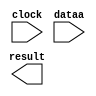
// megafunction wizard: %LPM_MULT%VBB%
// GENERATION: STANDARD
// VERSION: WM1.0
// MODULE: altsquare 

// ============================================================
// Megafunction Name(s):
// 			altsquare
//
// Simulation Library Files(s):
// 			altera_mf
// ============================================================
// ************************************************************
// THIS IS A WIZARD-GENERATED FILE. DO NOT EDIT THIS FILE!
//
// 18.1.1 Build 646 04/11/2019 SJ Lite Edition
// ************************************************************

//Copyright (C) 2019  Intel Corporation. All rights reserved.
//Your use of Intel Corporation's design tools, logic functions 
//and other software and tools, and any partner logic 
//functions, and any output files from any of the foregoing 
//(including device programming or simulation files), and any 
//associated documentation or information are expressly subject 
//to the terms and conditions of the Intel Program License 
//Subscription Agreement, the Intel Quartus Prime License Agreement,
//the Intel FPGA IP License Agreement, or other applicable license
//agreement, including, without limitation, that your use is for
//the sole purpose of programming logic devices manufactured by
//Intel and sold by Intel or its authorized distributors.  Please
//refer to the applicable agreement for further details, at
//https://fpgasoftware.intel.com/eula.

module Sqr (
	clock,
	dataa,
	result);

	input	  clock;
	input	[10:0]  dataa;
	output	[21:0]  result;

endmodule

// ============================================================
// CNX file retrieval info
// ============================================================
// Retrieval info: PRIVATE: AutoSizeResult NUMERIC "1"
// Retrieval info: PRIVATE: B_isConstant NUMERIC "0"
// Retrieval info: PRIVATE: ConstantB NUMERIC "0"
// Retrieval info: PRIVATE: INTENDED_DEVICE_FAMILY STRING "Cyclone 10 LP"
// Retrieval info: PRIVATE: LPM_PIPELINE NUMERIC "1"
// Retrieval info: PRIVATE: Latency NUMERIC "1"
// Retrieval info: PRIVATE: SYNTH_WRAPPER_GEN_POSTFIX STRING "0"
// Retrieval info: PRIVATE: SignedMult NUMERIC "1"
// Retrieval info: PRIVATE: USE_MULT NUMERIC "0"
// Retrieval info: PRIVATE: ValidConstant NUMERIC "0"
// Retrieval info: PRIVATE: WidthA NUMERIC "11"
// Retrieval info: PRIVATE: WidthB NUMERIC "8"
// Retrieval info: PRIVATE: WidthP NUMERIC "22"
// Retrieval info: PRIVATE: aclr NUMERIC "0"
// Retrieval info: PRIVATE: clken NUMERIC "0"
// Retrieval info: PRIVATE: new_diagram STRING "1"
// Retrieval info: PRIVATE: optimize NUMERIC "0"
// Retrieval info: LIBRARY: altera_mf altera_mf.altera_mf_components.all
// Retrieval info: CONSTANT: DATA_WIDTH NUMERIC "11"
// Retrieval info: CONSTANT: LPM_TYPE STRING "ALTSQUARE"
// Retrieval info: CONSTANT: PIPELINE NUMERIC "1"
// Retrieval info: CONSTANT: REPRESENTATION STRING "SIGNED"
// Retrieval info: CONSTANT: RESULT_WIDTH NUMERIC "22"
// Retrieval info: USED_PORT: clock 0 0 0 0 INPUT NODEFVAL "clock"
// Retrieval info: USED_PORT: dataa 0 0 11 0 INPUT NODEFVAL "dataa[10..0]"
// Retrieval info: USED_PORT: result 0 0 22 0 OUTPUT NODEFVAL "result[21..0]"
// Retrieval info: CONNECT: @clock 0 0 0 0 clock 0 0 0 0
// Retrieval info: CONNECT: @data 0 0 11 0 dataa 0 0 11 0
// Retrieval info: CONNECT: result 0 0 22 0 @result 0 0 22 0
// Retrieval info: GEN_FILE: TYPE_NORMAL Sqr.v TRUE
// Retrieval info: GEN_FILE: TYPE_NORMAL Sqr.inc FALSE
// Retrieval info: GEN_FILE: TYPE_NORMAL Sqr.cmp FALSE
// Retrieval info: GEN_FILE: TYPE_NORMAL Sqr.bsf FALSE
// Retrieval info: GEN_FILE: TYPE_NORMAL Sqr_inst.v FALSE
// Retrieval info: GEN_FILE: TYPE_NORMAL Sqr_bb.v TRUE
// Retrieval info: LIB_FILE: altera_mf